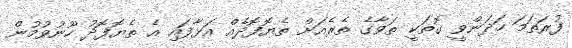
ފުރަތަމަ ހަދަންވީ ގޮތަކީ ތަވާގެ ތެރެއަށް ތެޔޮފޮދެއް އަޅާފައި އެ ތެޔޮފޮދު ހޫނުވުމުން